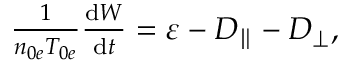
\begin{array} { r } { \frac { 1 } { n _ { 0 e } T _ { 0 e } } \frac { \mathrm { d } W } { \mathrm { d } t } = \varepsilon - D _ { \parallel } - D _ { \perp } , } \end{array}